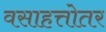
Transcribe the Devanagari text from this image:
वसाहत्तोतर